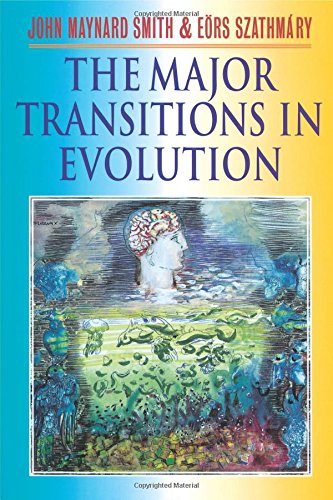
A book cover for The Major Transitions in Evolution; John Maynard Smith; Science & Math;